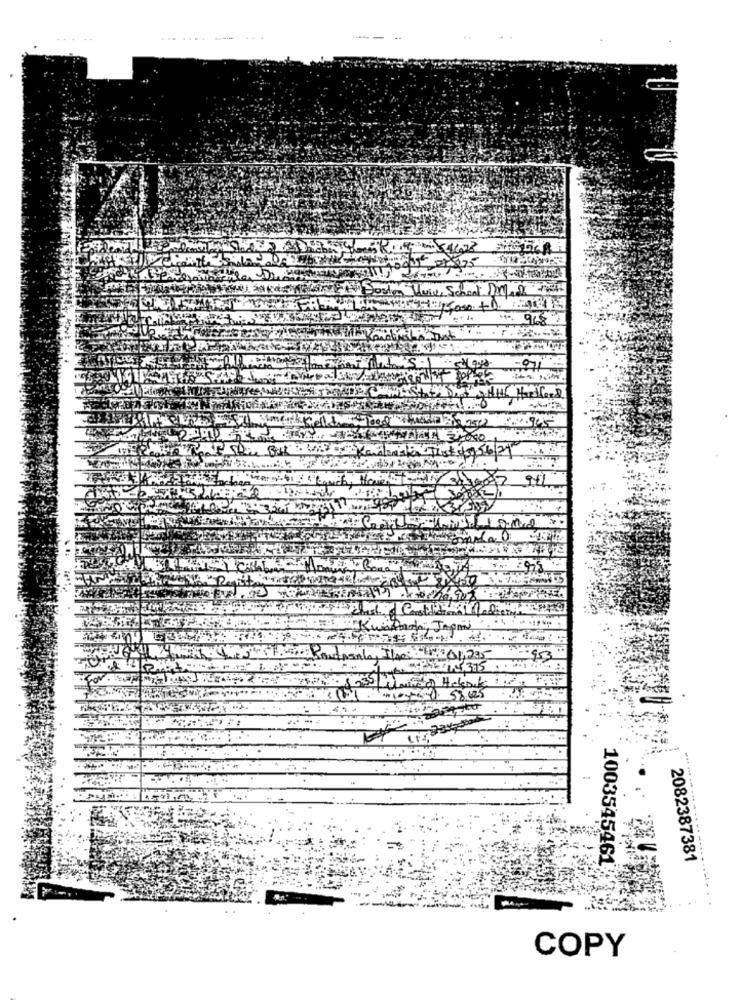
**- 9682
Hartford
1003545461
2082387381
COPY